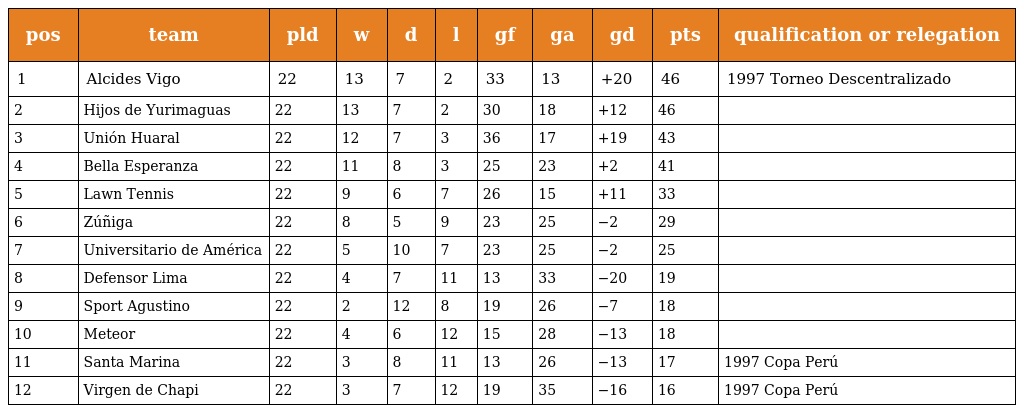
| pos | team | pld | w | d | l | gf | ga | gd | pts | qualification or relegation |
 | --- | --- | --- | --- | --- | --- | --- | --- | --- | --- | --- |
 | 1 | Alcides Vigo | 22 | 13 | 7 | 2 | 33 | 13 | +20 | 46 | 1997 Torneo Descentralizado |
 | 2 | Hijos de Yurimaguas | 22 | 13 | 7 | 2 | 30 | 18 | +12 | 46 |  |
 | 3 | Unión Huaral | 22 | 12 | 7 | 3 | 36 | 17 | +19 | 43 |  |
 | 4 | Bella Esperanza | 22 | 11 | 8 | 3 | 25 | 23 | +2 | 41 |  |
 | 5 | Lawn Tennis | 22 | 9 | 6 | 7 | 26 | 15 | +11 | 33 |  |
 | 6 | Zúñiga | 22 | 8 | 5 | 9 | 23 | 25 | −2 | 29 |  |
 | 7 | Universitario de América | 22 | 5 | 10 | 7 | 23 | 25 | −2 | 25 |  |
 | 8 | Defensor Lima | 22 | 4 | 7 | 11 | 13 | 33 | −20 | 19 |  |
 | 9 | Sport Agustino | 22 | 2 | 12 | 8 | 19 | 26 | −7 | 18 |  |
 | 10 | Meteor | 22 | 4 | 6 | 12 | 15 | 28 | −13 | 18 |  |
 | 11 | Santa Marina | 22 | 3 | 8 | 11 | 13 | 26 | −13 | 17 | 1997 Copa Perú |
 | 12 | Virgen de Chapi | 22 | 3 | 7 | 12 | 19 | 35 | −16 | 16 | 1997 Copa Perú |